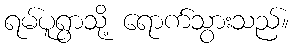
ရမ်ပူရွာသို့ ရောက်သွားသည်။